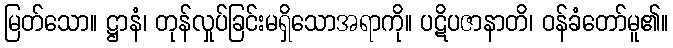
မြတ်သော။ ဋ္ဌာနံ၊ တုန်လှုပ်ခြင်းမရှိသောအရာကို။ ပဋိပဇာနာတိ၊ ဝန်ခံတော်မူ၏။